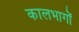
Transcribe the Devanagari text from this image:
कालभागों